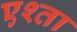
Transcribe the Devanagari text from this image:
एश्ता